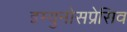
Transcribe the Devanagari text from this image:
इम्युनोसप्रेसिव